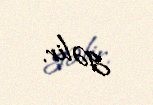
gəlir.